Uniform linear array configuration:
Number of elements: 16
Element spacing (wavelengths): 0.75
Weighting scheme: uniform
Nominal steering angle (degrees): -30
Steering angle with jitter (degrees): -29.826
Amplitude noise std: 0.05
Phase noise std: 0.05

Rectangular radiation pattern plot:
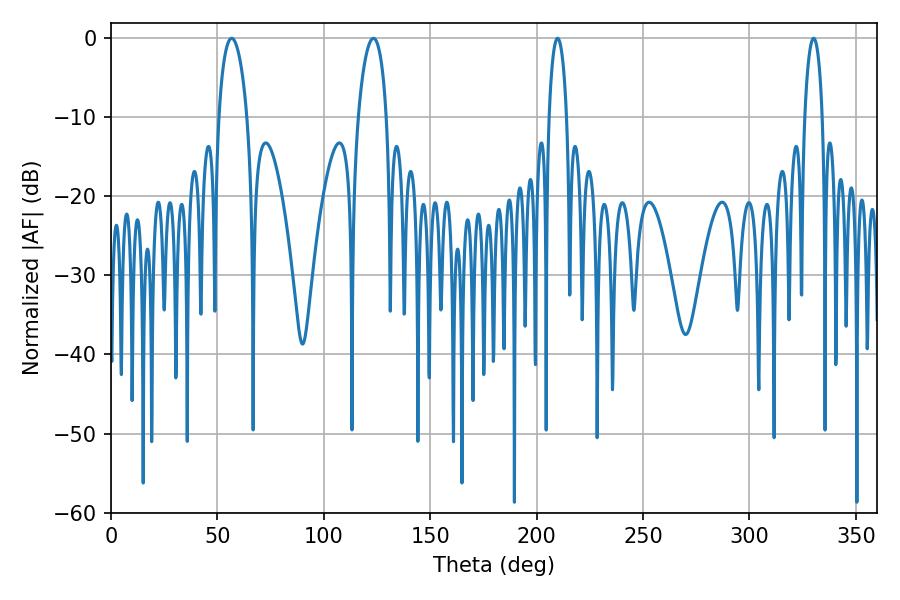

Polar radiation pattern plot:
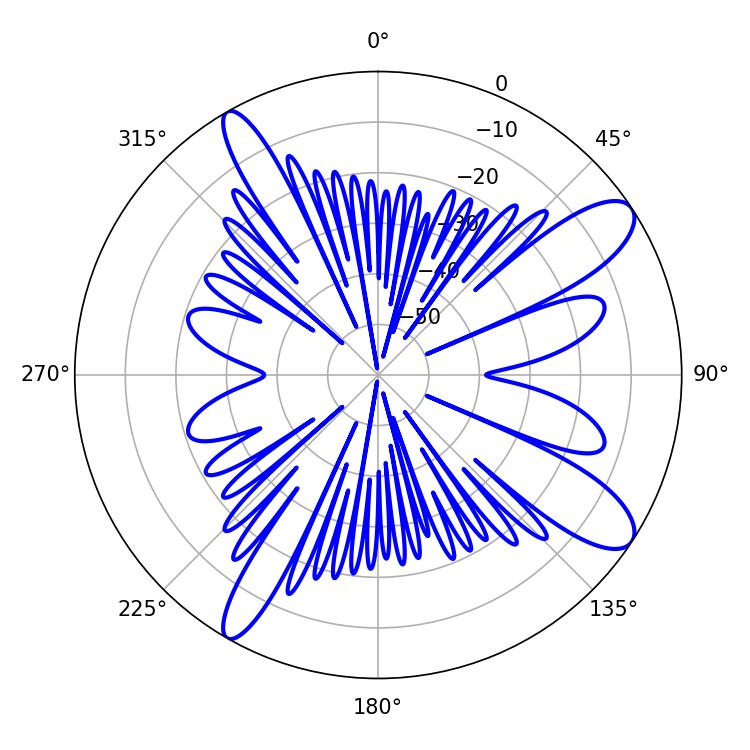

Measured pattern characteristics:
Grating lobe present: TRUE
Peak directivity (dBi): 11.131
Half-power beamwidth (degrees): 7.56
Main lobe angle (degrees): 56.7